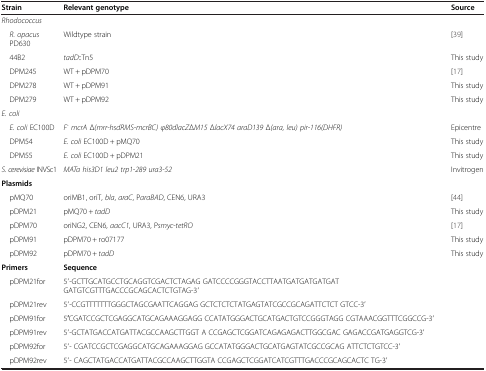
| Strain | Relevant genotype | Source |
 | --- | --- | --- |
 | Rhodococcus |  |  |
 | R. opacus PD630 | Wildtype strain | [39] |
 | 44B2 | tadD::Tn5 | This study |
 | DPM245 | WT + pDPM70 | [17] |
 | DPM278 | WT + pDPM91 | This study |
 | DPM279 | WT + pDPM92 | This study |
 | E. coli |  |  |
 | E. coli EC100D | F-mcrA Δ(mrr-hsdRMS-mcrBC) φ80dlacZΔM15 ΔlacX74 araD139 Δ(ara, leu) pir-116(DHFR) | Epicentre |
 | DPM54 | E. coli EC100D + pMQ70 | This study |
 | DPM55 | E. coli EC100D + pDPM21 | This study |
 | S. cerevisiae INVSc1 | MATa his3D1 leu2 trp1-289 ura3-52 | Invitrogen |
 | Plasmids |  |  |
 | pMQ70 | oriMB1, oriT, bla, araC, ParaBAD, CEN6, URA3 | [44] |
 | pDPM21 | pMQ70 + tadD | This study |
 | pDPM70 | oriNG2, CEN6, aacC1, URA3, Psmyc-tetRO | [17] |
 | pDPM91 | pDPM70 + ro07177 | This study |
 | pDPM92 | pDPM70 + tadD | This study |
 | Primers | Sequence |  |
 | pDPM21for | 5′-GCTTGCATGCCTGCAGGTCGACTCTAGAG GATCCCCGGGTACCTTAATGATGATGATGAT GATGTCGTTTGACCCGCAGCACTCTGTAG-3′ |  |
 | pDPM21rev | 5′-CCGTTTTTTTGGGCTAGCGAATTCAGGAG GCTCTCTCTATGAGTATCGCCGCAGATTCTCT GTCC-3′ |  |
 | pDPM91for | 5′CGATCCGCTCGAGGCATGCAGAAAGGAGG CCATATGGGACTGCATGACTGTCCGGGTAGG CGTAAACGGTTTCGGCCG-3′ |  |
 | pDPM91rev | 5′-GCTATGACCATGATTACGCCAAGCTTGGT A CCGAGCTCGGATCAGAGAGACTTGGCGAC GAGACCGATGAGGTCG-3′ |  |
 | pDPM92for | 5′- CGATCCGCTCGAGGCATGCAGAAAGGAG GCCATATGGGACTGCATGAGTATCGCCGCAG ATTCTCTGTCC-3′ |  |
 | pDPM92rev | 5′- CAGCTATGACCATGATTACGCCAAGCTTGGTA CCGAGCTCGGATCATCGTTTGACCCGCAGCACTC TG-3′ |  |